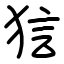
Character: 狺